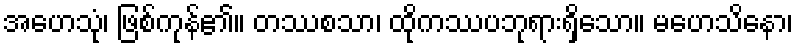
အဟေသုံ၊ ဖြစ်ကုန်၏။ တဿစသာ၊ ထိုကဿပဘုရားရှိသော။ မဟေသိနော၊